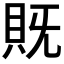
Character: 𮙵